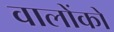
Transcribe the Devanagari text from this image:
वालोंको